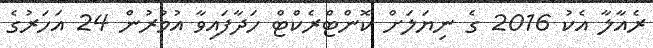
ރެއާލާ އެކު 2016 ގެ ނިޔަލަށް ކޮންޓްރެކްޓް ހަދާފައިވާ އުމުރުން 24 އަހަރުގެ